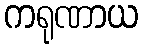
ကရုဏာယ